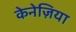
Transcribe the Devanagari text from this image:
केनेज़िया